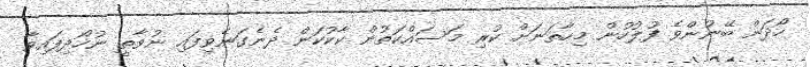
ހޯދަން ބޭނުންވެ ފުލުހުން މިހާތަނަށް ކުރި މަސައްކަތުން ކާކުކަން ދެނެގަނެވިފައި ނުވާތީ ނުހޯދިފައިވާ